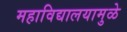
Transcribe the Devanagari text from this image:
महाविद्यालयामुळे